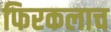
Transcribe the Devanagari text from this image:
फिरकलाच